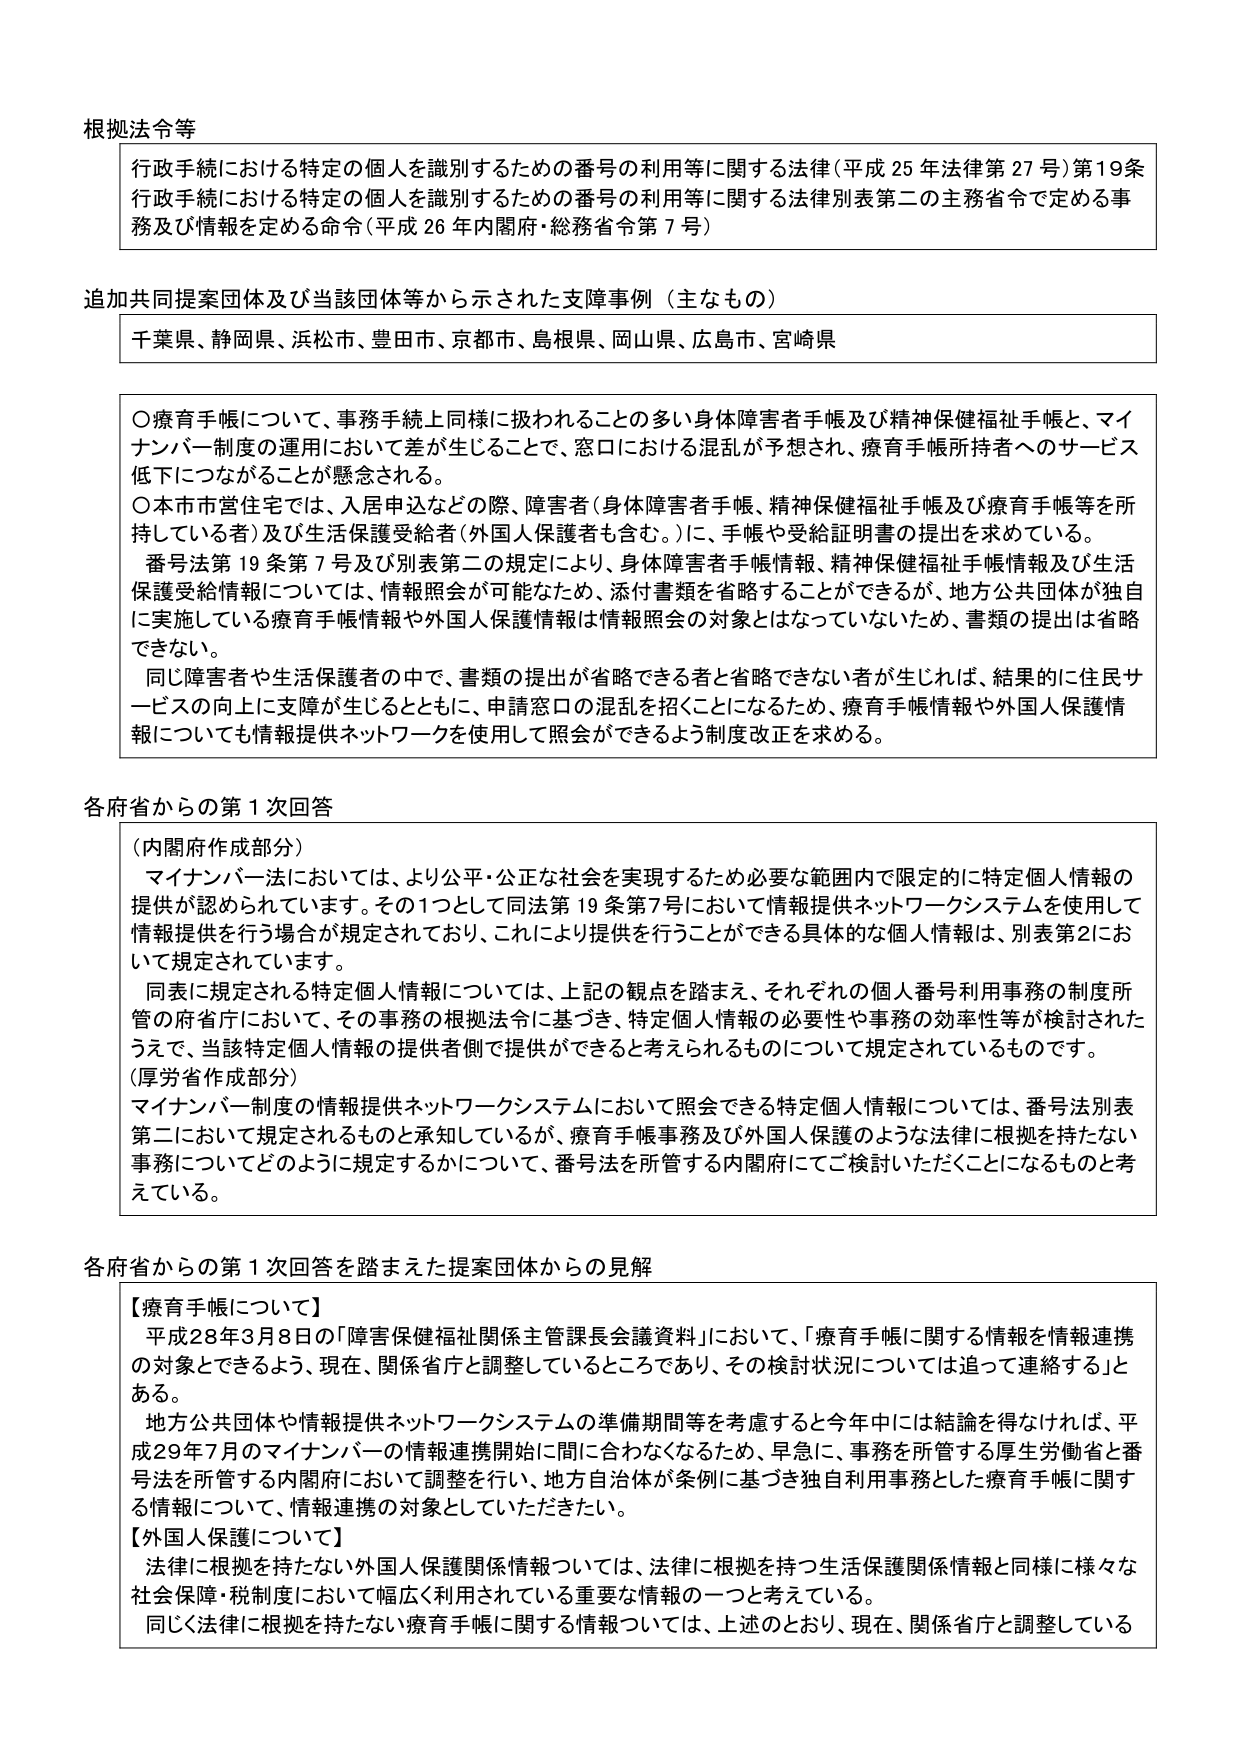
根拠法令等
行政手続における特定の個人を識別するための番号の利用等に関する法律（平成25年法律第27号）第19条
行政手続における特定の個人を識別するための番号の利用等に関する法律別表第二の主務省令で定める事務及び情報を定める命令（平成26年内閣府・総務省令第7号）

追加共同提案団体及び当該団体等から示された支障事例（主なもの）
千葉県、静岡県、浜松市、豊田市、京都市、鳥取県、岡山県、広島市、宮崎県

〇療育手帳について、事務手続上同様に扱われることの多い身体障害者手帳及び精神保健福祉手帳と、マイナンバー制度の運用において差が生じることで、窓口における混乱が予想され、療育手帳所持者へのサービス低下につながることが懸念される。
〇本市市営住宅では、入居申込などの際、障害者（身体障害者手帳、精神保健福祉手帳及び療育手帳等を所持している者）及び生活保護受給者（外国人保護者も含む。）に、手帳や受給証明書の提出を求めている。
番号法第19条第7号及び別表第二の規定により、身体障害者手帳情報、精神保健福祉手帳情報及び生活保護受給情報については、情報照会が可能なため、添付書類を省略することができるが、地方公共団体が独自に実施している療育手帳情報や外国人保護情報は情報照会の対象とはなっていないため、書類の提出は省略できない。
同じ障害者や生活保護者の中で、書類の提出が省略できる者と省略できない者が生じれば、結果的に住民サービスの向上に支障が生じるとともに、申請窓口の混乱を招くことになるため、療育手帳情報や外国人保護情報についても情報提供ネットワークを使用して照会ができるよう制度改正を求める。

各府省からの第1次回答
（内閣府作成部分）
マイナンバー法においては、より公平・公正な社会を実現するため必要な範囲内で限定的に特定個人情報の提供が認められています。その1つとして同法第19条第7号において情報提供ネットワークシステムを使用して情報提供を行う場合が規定されており、これにより提供を行うことができる具体的な個人情報は、別表第2において規定されています。
同表に規定される特定個人情報については、上記の観点を踏まえ、それぞれの個人番号利用事務の制度所管の府省庁において、その事務の根拠法令に基づき、特定個人情報の必要性や事務の効率性等が検討されたうえで、当該特定個人情報の提供者側で提供ができると考えられるものについて規定されているものです。
（厚労省作成部分）
マイナンバー制度の情報提供ネットワークシステムにおいて照会できる特定個人情報については、番号法別表第二において規定されるものと承知しているが、療育手帳事務及び外国人保護のような法律に根拠を持たない事務についてどのように規定するかについて、番号法を所管する内閣府にてご検討いただくことになるものと考えている。

各府省からの第1次回答を踏まえた提案団体からの見解
【療育手帳について】
平成28年3月8日の「障害保健福祉関係主管課長会議資料」において、「療育手帳に関する情報を情報連携の対象とできるよう、現在、関係省庁と調整しているところであり、その検討状況については追って連絡する」とある。
地方公共団体や情報提供ネットワークシステムの準備期間等を考慮すると今年中には結論を得なければ、平成29年7月のマイナンバーの情報連携開始に間に合わなくなるため、早急に、事務を所管する厚生労働省と番号法を所管する内閣府において調整を行い、地方自治体が条例に基づき独自利用事務とした療育手帳に関する情報について、情報連携の対象としていただきたい。
【外国人保護について】
法律に根拠を持たない外国人保護関係情報については、法律に根拠を持つ生活保護関係情報と同様に様々な社会保障・税制度において幅広く利用されている重要な情報の一つと考えている。
同じく法律に根拠を持たない療育手帳に関する情報については、上述のとおり、現在、関係省庁と調整している